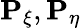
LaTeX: \mathbf{P}_{\xi},\mathbf{P}_{\eta}